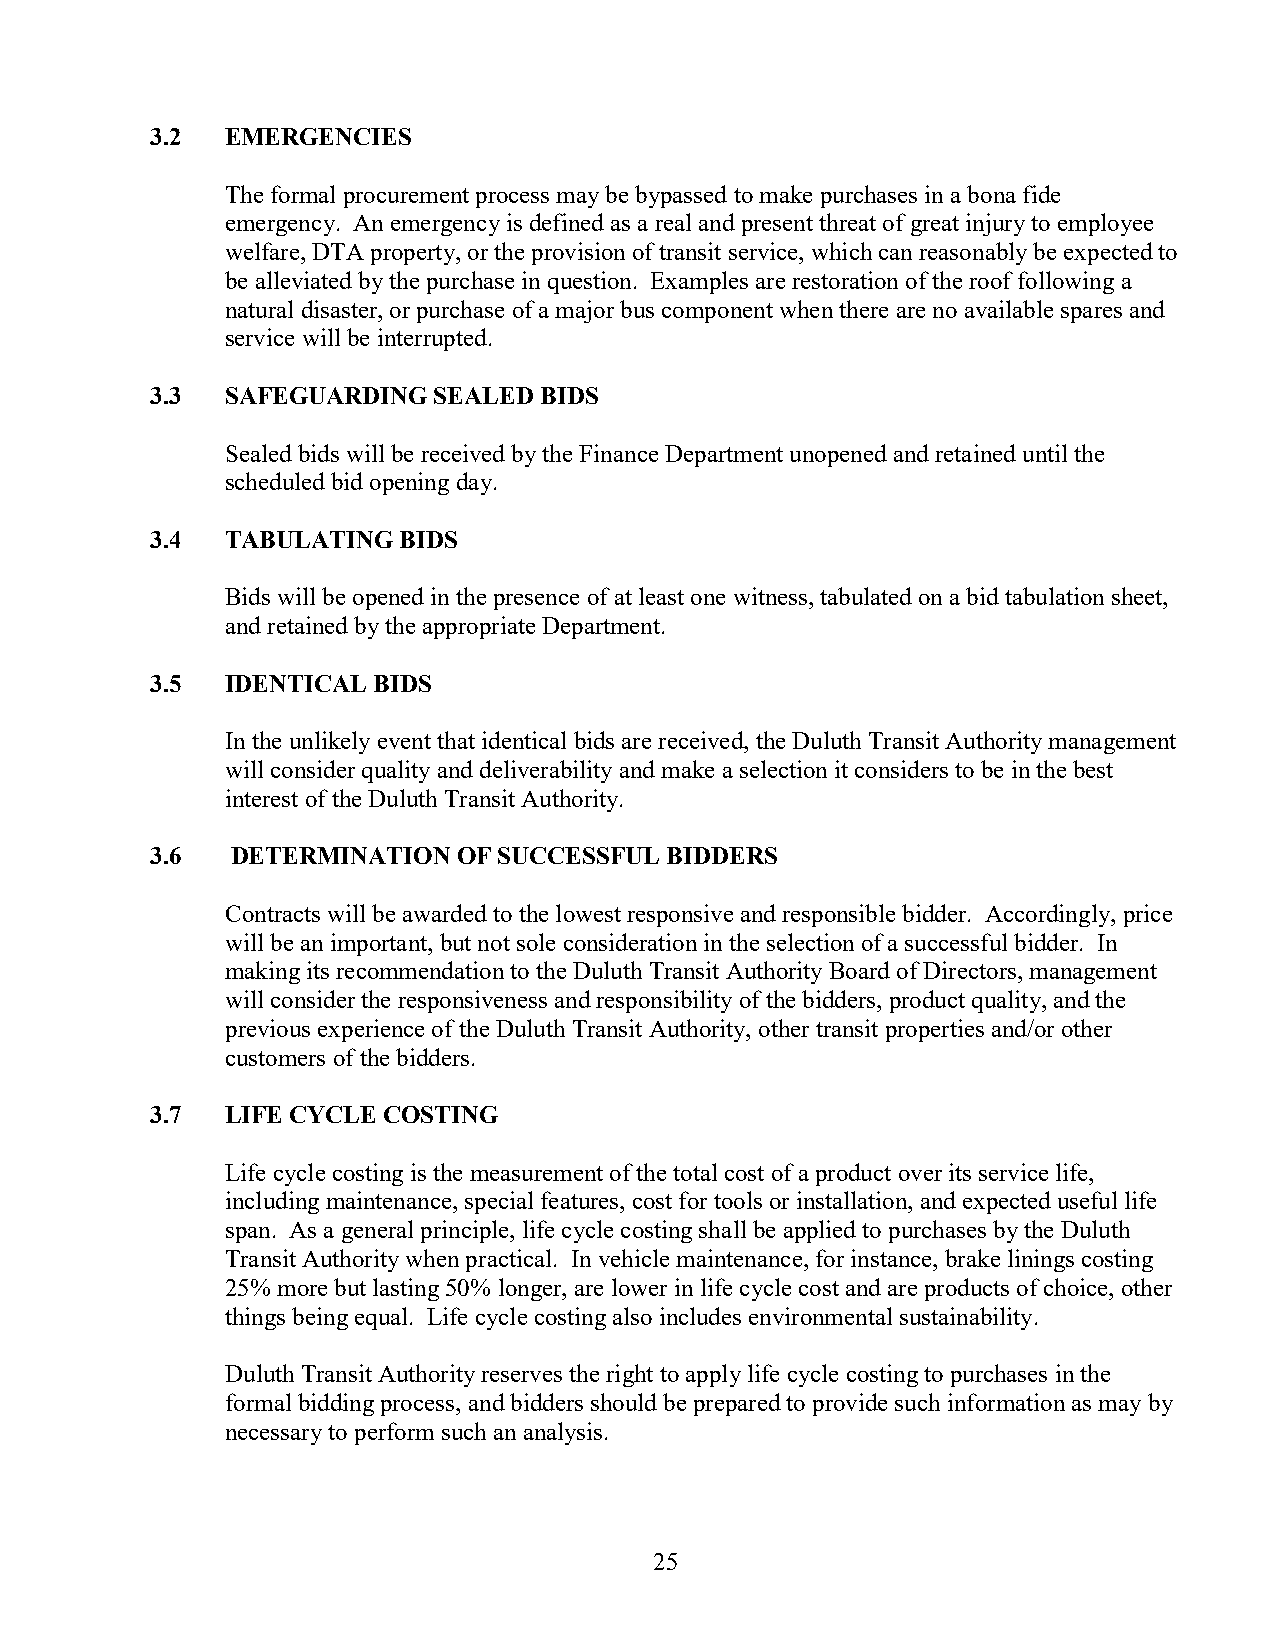
3.2  EMERGENCIES
 The formal procurement process may be bypassed to make purchases in a bona fide
 emergency. An emergency is defined as a real and present threat of great injury to employee
 welfare, DTA property, or the provision of transit service, which can reasonably be expected to
 be alleviated by the purchase in question. Examples are restoration of the roof following a
 natural disaster, or purchase of a major bus component when there are no available spares and
 service will be interrupted.
 3.3  SAFEGUARDING  SEALED BIDS
 Sealed bids will be received by the Finance Department unopened and retained until the
 scheduled bid opening day.
 3.4  TABULATING BIDS
 Bids will be opened in the presence of at least one witness, tabulated on a bid tabulation sheet,
 and retained by the appropriate Department.
 3.5  IDENTICAL BIDS
 In the unlikely event that identical bids are received, the Duluth Transit Authority management
 will consider quality and deliverability and make a selection it considers to be in the best
 interest of the Duluth Transit Authority.
 3.6  DETERMINATION  OF SUCCESSFUL BIDDERS
 Contracts will be awarded to the lowest responsive and responsible bidder. Accordingly, price
 will be an important, but not sole consideration in the selection of a successful bidder. In
 making its recommendation to the Duluth Transit Authority Board of Directors, management
 will consider the responsiveness and responsibility of the bidders, product quality, and the
 previous experience of the Duluth Transit Authority, other transit properties and/or other
 customers of the bidders.
 3.7  LIFE CYCLE COSTING
 Life cycle costing is the measurement of the total cost of a product over its service life,
 including maintenance, special features, cost for tools or installation, and expected useful life
 span. As a general principle, life cycle costing shall be applied to purchases by the Duluth
 Transit Authority when practical. In vehicle maintenance, for instance, brake linings costing
 25% more but lasting 50% longer, are lower in life cycle cost and are products of choice, other
 things being equal. Life cycle costing also includes environmental sustainability.
 Duluth Transit Authority reserves the right to apply life cycle costing to purchases in the
 formal bidding process, and bidders should be prepared to provide such information as may by
 necessary to perform such an analysis.
 25